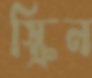
স্ক্রিন